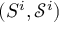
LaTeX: ( S ^ { i } , { \mathcal { S } } ^ { i } )